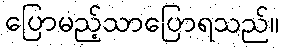
ပြောမည့်သာပြောရသည်။